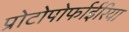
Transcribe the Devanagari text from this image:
प्रोटोपोर्फाईरिया